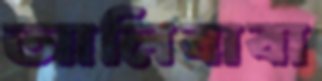
আলিবাবা